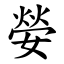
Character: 嫈